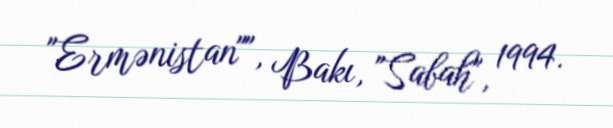
"Ermənistan"", Bakı, "Sabah", 1994.